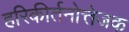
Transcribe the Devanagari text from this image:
हरिकीर्तनोत्तेजक